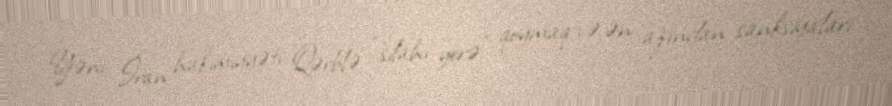
Yəni İran hakimiyyəti Qərblə “silahı yerə” qoymaq və ən azından sanksiyaları